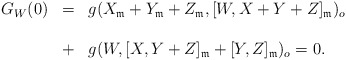
\begin{align*} \begin{array}{lll} G_W(0)&=&g(X_{\frak{m}}+Y_{\frak{m}}+Z_{\frak{m}},[W, X+Y+Z]_{\frak{m}})_o\ \\\\&+&g(W,[X, Y+Z]_{\frak{m}}+[Y, Z]_{\frak{m}})_o=0.\end{array}\end{align*}